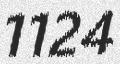
1124